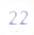
22